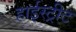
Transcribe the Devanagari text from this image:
हाईस्ट्रीट